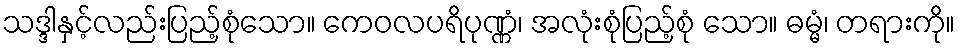
သဒ္ဒါနှင့်လည်းပြည့်စုံသော။ ကေဝလပရိပုဏ္ဏံ၊ အလုံးစုံပြည့်စုံ သော။ ဓမ္မံ၊ တရားကို။